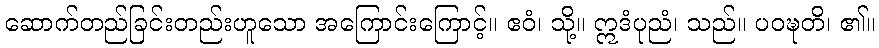
ဆောက်တည်ခြင်းတည်းဟူသော အကြောင်းကြောင့်။ ဧဝံ၊ သို့။ ဣဒံပုညံ၊ သည်။ ပဝဍ္ဎတိ၊ ၏။